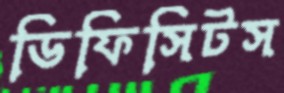
ডিফিসিটস